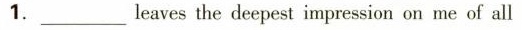
1.___ leaves the deepest impression on me of all